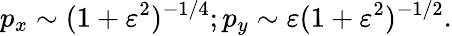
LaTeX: p_{x}\sim(1+\varepsilon^{2})^{-1/4};p_{y}\sim\varepsilon(1+\varepsilon^{2})^{-1/2}.